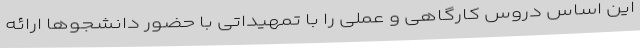
این اساس دروس کارگاهی و عملی را با تمهیداتی با حضور دانشجوها ارائه